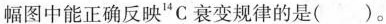
幅图中能正确反映^{14}C衰变规律的是（）。